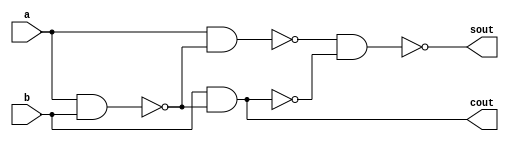
// This program was cloned from: https://github.com/Suni123456789/100DaysRTL
// License: Apache License 2.0

`timescale 1ns / 1ps

module hs_nand(
input a, b,
  output sout, cout
    );
    wire [2:0]w;
    nand n0(w[0], a, b);
    nand n1(w[1], a, w[0]);
    nand n2(w[2], b, w[0]);
    nand n3(sout, w[1], w[2]);
    nand n4(cout, w[2], w[2]);
endmodule